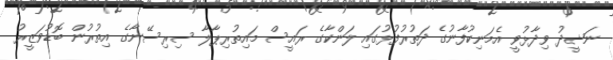
ނަޝީދު ވިދާޅުވީ އެމަނިކުފާނުގެ ދަތުރުފުޅުގައި ލަންކާގެ ރައީސް މައިތުރިޕާލާ ސިރިސޭނާގެ އިތުރުން ބޮޑުވަޒީރު